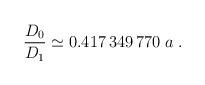
LaTeX: \begin{align*}\frac{D_0}{D_1}\simeq0.417\,349\,770\;a \;.\end{align*}